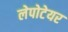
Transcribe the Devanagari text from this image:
लेपोटेयर